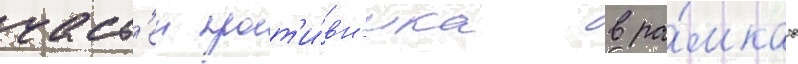
част'еи прот'и́вн'ика в ра́мках